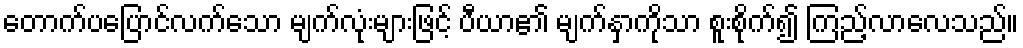
တောက်ပပြောင်လက်သော မျက်လုံးများဖြင့် ပီယာ၏ မျက်နှာကိုသာ စူးစိုက်၍ ကြည့်လာလေသည်။